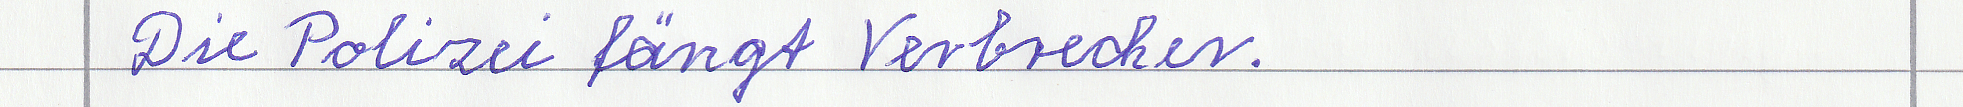
Die Polizei fängt Verbrecher.